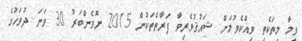
ވީމާ މިތަކެތި ވިއްކެވުމަށް ޝައުޤުވެރިވާ ފަރާތްތަކުން 2015 ނޮވެންބަރު 30 ވަނަ ދުވަހުގެ